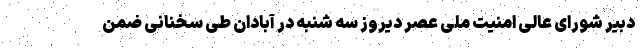
دبیر شورای عالی امنیت ملی عصر دیروز سه شنبه در آبادان طی سخنانی ضمن